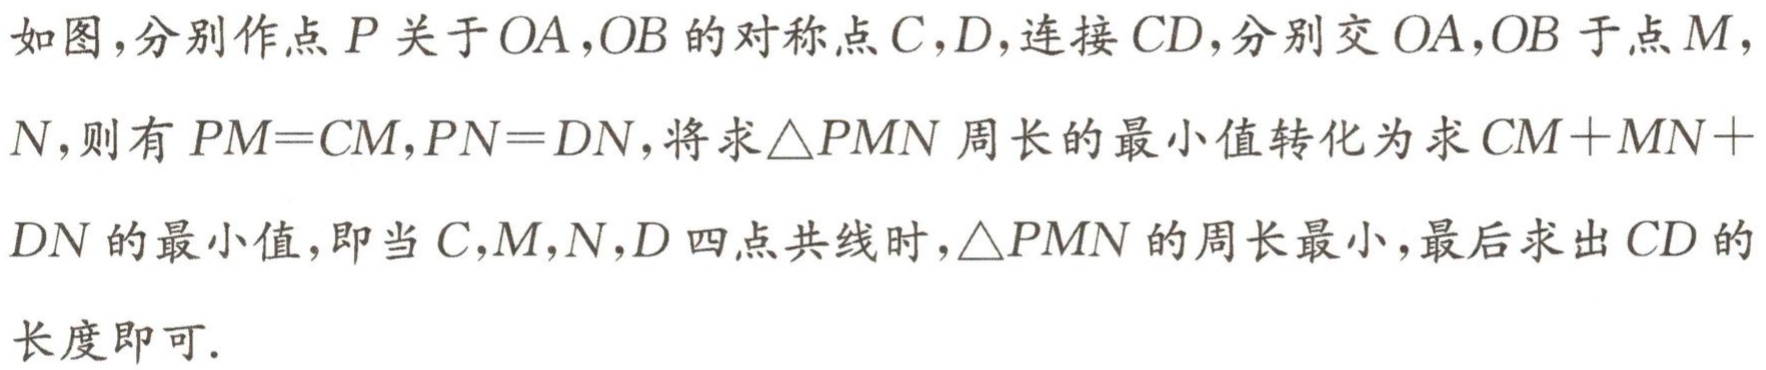
如图,分别作点\(P\)关于\(OA\),\(OB\)的对称点\(C\),\(D\),连接\(CD\),分别交\(OA\),\(OB\)于点\(M\),\(N\),则有\(PM = CM\),\(PN = DN\),将求\(\triangle PMN\)周长的最小值转化为求\(CM + MN + DN\)的最小值,即当\(C\),\(M\),\(N\),\(D\)四点共线时,\(\triangle PMN\)的周长最小,最后求出\(CD\)的长度即可.